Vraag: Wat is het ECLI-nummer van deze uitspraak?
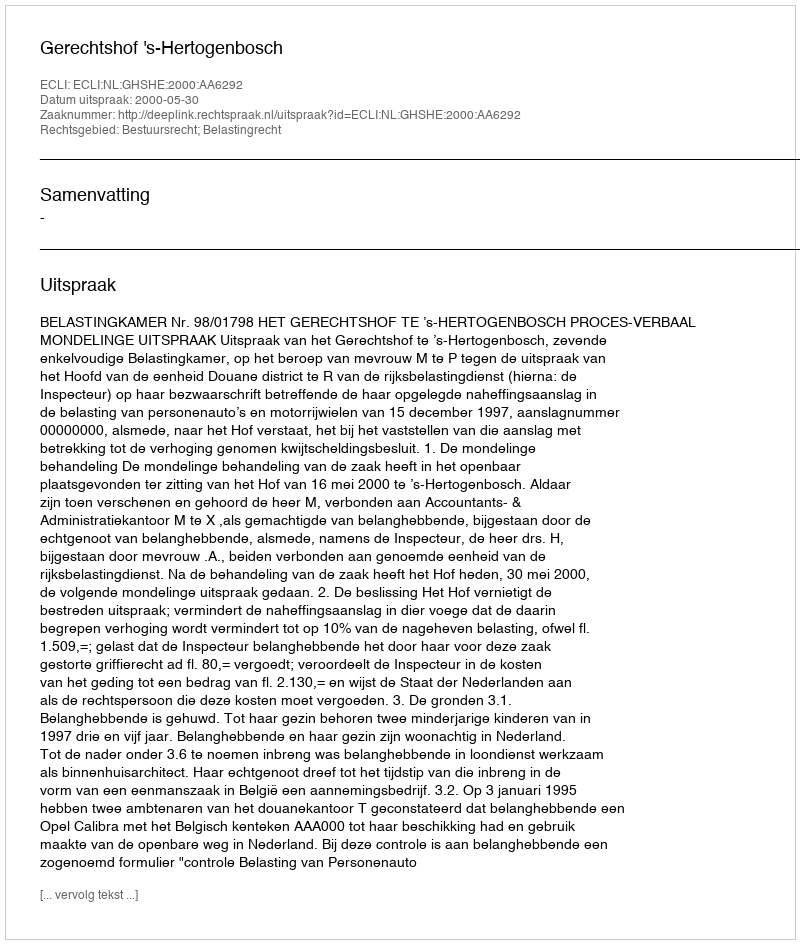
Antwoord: ECLI:NL:GHSHE:2000:AA6292